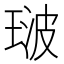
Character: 𭹢